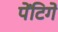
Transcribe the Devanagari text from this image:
पेंटिगे